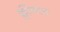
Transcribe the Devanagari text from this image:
क्लीवता